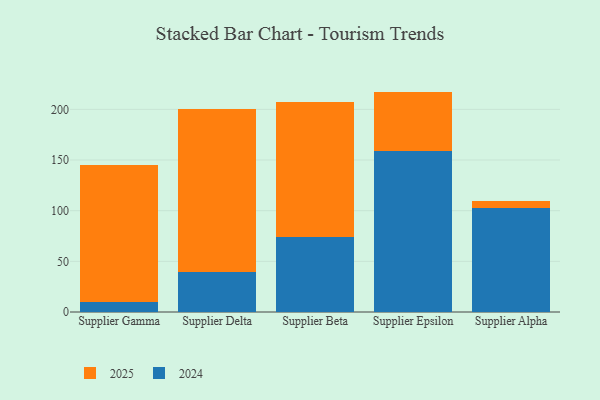
{"axis": {"x": "Supplier", "y": "Bounce Rate (%)"}, "legend": ["2024", "2025"], "data": [{"x": "Supplier Gamma", "y": 135.5, "type": "2025"}, {"x": "Supplier Gamma", "y": 9.8, "type": "2024"}, {"x": "Supplier Delta", "y": 161.0, "type": "2025"}, {"x": "Supplier Delta", "y": 39.2, "type": "2024"}, {"x": "Supplier Beta", "y": 133.2, "type": "2025"}, {"x": "Supplier Beta", "y": 74.4, "type": "2024"}, {"x": "Supplier Epsilon", "y": 58.5, "type": "2025"}, {"x": "Supplier Epsilon", "y": 159.0, "type": "2024"}, {"x": "Supplier Alpha", "y": 7.1, "type": "2025"}, {"x": "Supplier Alpha", "y": 102.5, "type": "2024"}]}